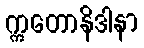
ဣတောနိဒါနာ